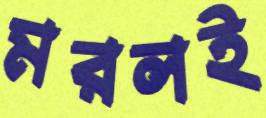
মরলই